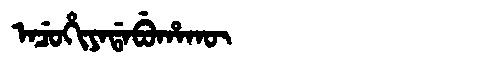
Manchu: ᠠᠴᡠᡥᡳᠶᠠᡩᠠᠪᡠᡥᠠᡴᡡ
Romanization: ACUHIYADABUHAKŪ